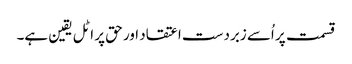
قسمت پر اُسے زبردست اعتقاد اور حق پر اٹل یقین ہے۔